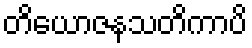
တိယောဇနသတိကာပိ